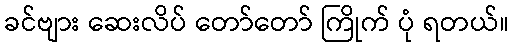
ခင်ဗျား ဆေးလိပ် တော်တော် ကြိုက် ပုံ ရတယ်။